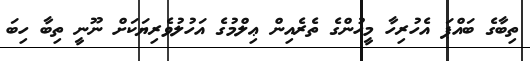
ތިބާގެ ބައްޕަ އެހުރިހާ މީހުންގެ ތެރެއިން ޢިލްމުގެ އަހުލުވެރިޔަކަށް ނޫނީ ތިބާ ހިބަ